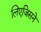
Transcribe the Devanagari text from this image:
लिएजिसने